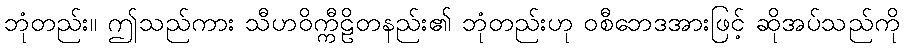
ဘုံတည်း။ ဤသည်ကား သီဟဝိက္ကီဠိတနည်း၏ ဘုံတည်းဟု ဝစီဘေဒအားဖြင့် ဆိုအပ်သည်ကို